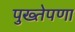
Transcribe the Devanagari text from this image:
पुख्तेपणा